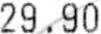
29.90